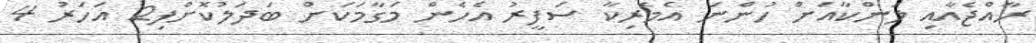
ރާއްޖެއާއި ލަންކާއަށް ހުންނަ އެމެރިކާ ސަފީރު އެހެން މަގާމަކަށް ބަދަލުކޮށްފި2 އަހަރު 4